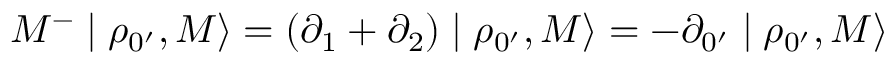
M ^ { - } \mid \rho _ { 0 ^ { \prime } } , M \rangle = ( \partial _ { 1 } + \partial _ { 2 } ) \mid \rho _ { 0 ^ { \prime } } , M \rangle = - \partial _ { 0 ^ { \prime } } \mid \rho _ { 0 ^ { \prime } } , M \rangle